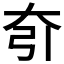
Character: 𡗵